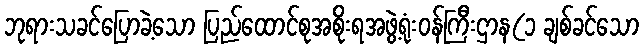
ဘုရားသခင်ပြောခဲ့သော ပြည်ထောင်စုအစိုးရအဖွဲ့ရုံးဝန်ကြီးဌာန(၁ ချစ်ခင်သော